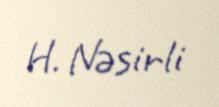
H. Nəsirli